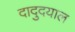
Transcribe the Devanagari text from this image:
दादुदयाल